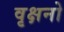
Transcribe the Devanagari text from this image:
वृक्षनो